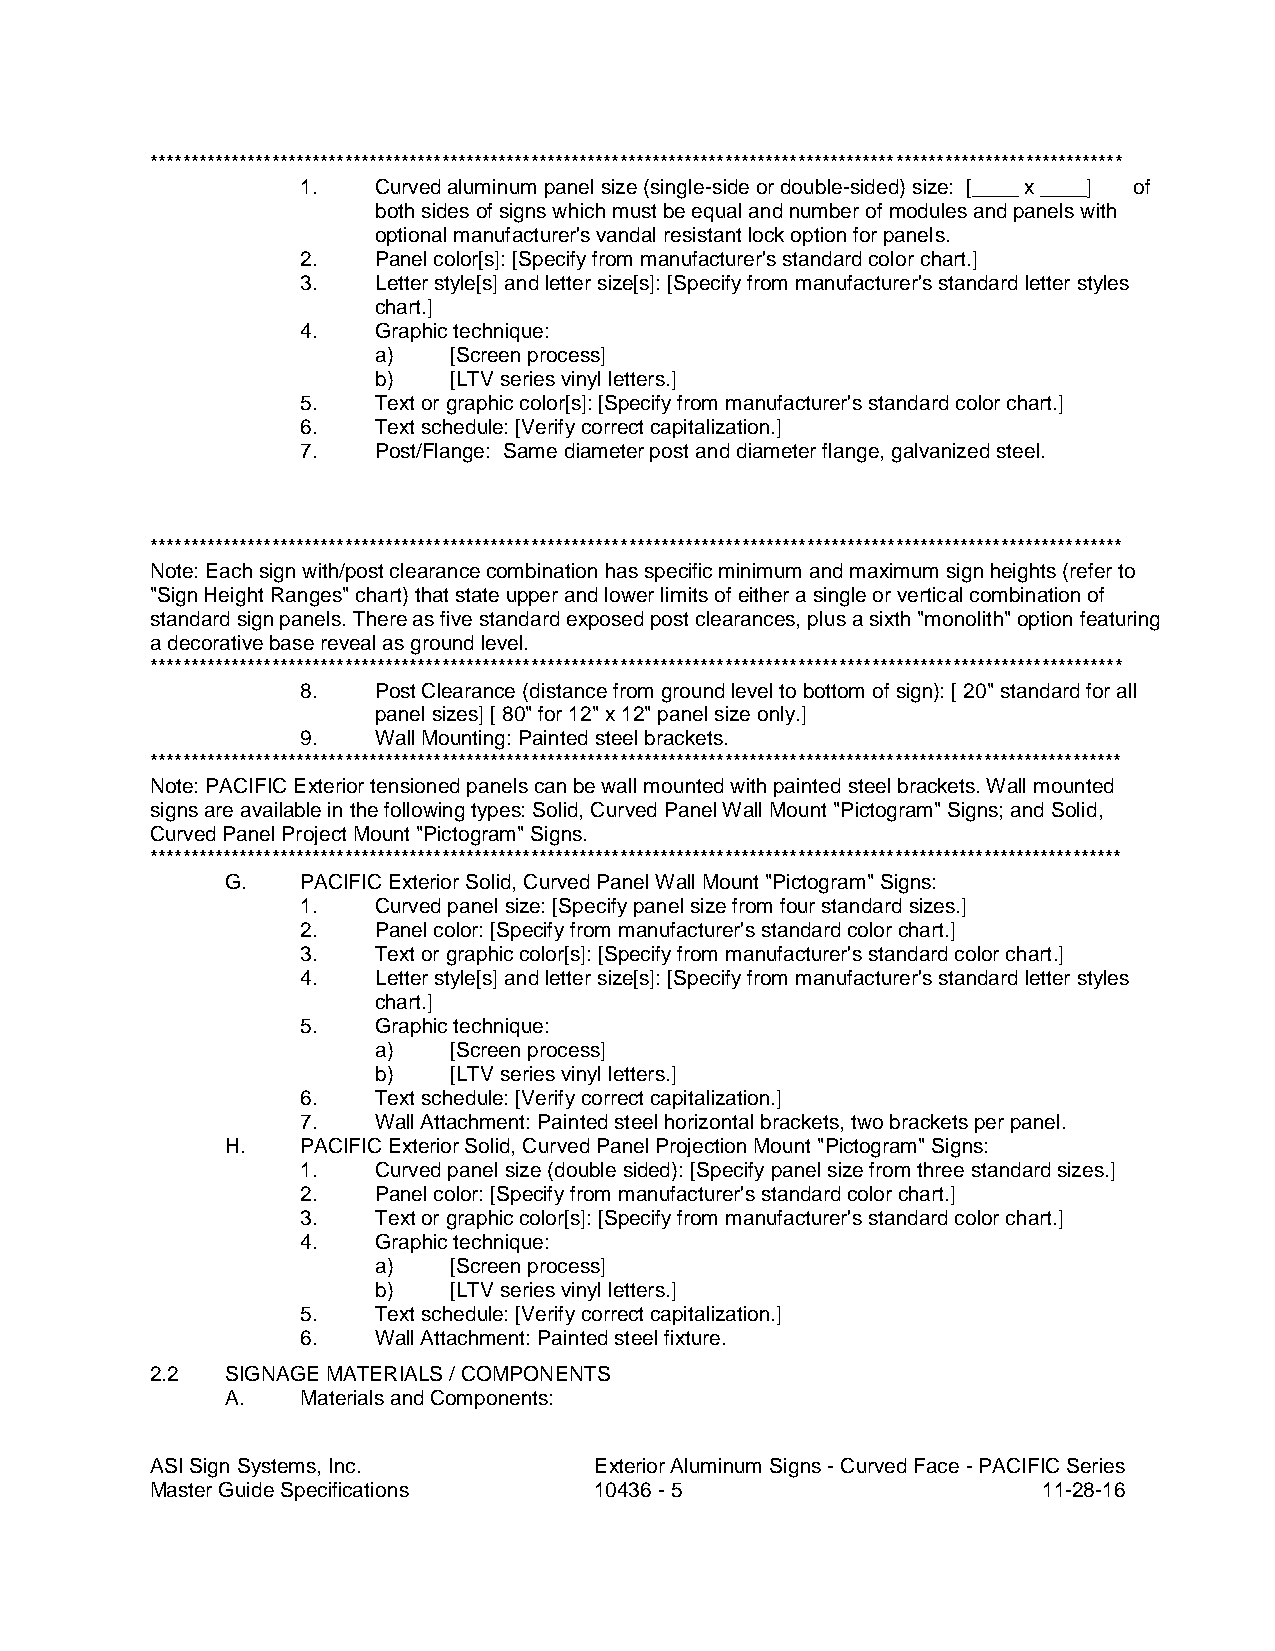
************************************************************************************************************************
 1.   Curved aluminum panel size (single-side or double-sided) size: [____ x ____] of
 both sides of signs which must be equal and number of modules and panels with
 optional manufacturer's vandal resistant lock option for panels.
 2.   Panel color[s]: [Specify from manufacturer's standard color chart.]
 3.   Letter style[s] and letter size[s]: [Specify from manufacturer's standard letter styles
 chart.]
 4.   Graphic technique:
 a)   [Screen process]
 b)   [LTV series vinyl letters.]
 5.   Text or graphic color[s]: [Specify from manufacturer's standard color chart.]
 6.   Text schedule: [Verify correct capitalization.]
 7.   Post/Flange: Same diameter post and diameter flange, galvanized steel.
 ************************************************************************************************************************
 Note: Each sign with/post clearance combination has specific minimum and maximum sign heights (refer to
 "Sign Height Ranges" chart) that state upper and lower limits of either a single or vertical combination of
 standard sign panels. There as five standard exposed post clearances, plus a sixth "monolith" option featuring
 a decorative base reveal as ground level.
 ************************************************************************************************************************
 8.   Post Clearance (distance from ground level to bottom of sign): [ 20" standard for all
 panel sizes] [ 80" for 12" x 12" panel size only.]
 9.   Wall Mounting: Painted steel brackets.
 ************************************************************************************************************************
 Note: PACIFIC Exterior tensioned panels can be wall mounted with painted steel brackets. Wall mounted
 signs are available in the following types: Solid, Curved Panel Wall Mount "Pictogram" Signs; and Solid,
 Curved Panel Project Mount "Pictogram" Signs.
 ************************************************************************************************************************
 G.   PACIFIC Exterior Solid, Curved Panel Wall Mount "Pictogram" Signs:
 1.   Curved panel size: [Specify panel size from four standard sizes.]
 2.   Panel color: [Specify from manufacturer's standard color chart.]
 3.   Text or graphic color[s]: [Specify from manufacturer's standard color chart.]
 4.   Letter style[s] and letter size[s]: [Specify from manufacturer's standard letter styles
 chart.]
 5.   Graphic technique:
 a)   [Screen process]
 b)   [LTV series vinyl letters.]
 6.   Text schedule: [Verify correct capitalization.]
 7.   Wall Attachment: Painted steel horizontal brackets, two brackets per panel.
 H.   PACIFIC Exterior Solid, Curved Panel Projection Mount "Pictogram" Signs:
 1.   Curved panel size (double sided): [Specify panel size from three standard sizes.]
 2.   Panel color: [Specify from manufacturer's standard color chart.]
 3.   Text or graphic color[s]: [Specify from manufacturer's standard color chart.]
 4.   Graphic technique:
 a)   [Screen process]
 b)   [LTV series vinyl letters.]
 5.   Text schedule: [Verify correct capitalization.]
 6.   Wall Attachment: Painted steel fixture.
 2.2  SIGNAGE MATERIALS / COMPONENTS
 A.   Materials and Components:
 ASI Sign Systems, Inc.       Exterior Aluminum Signs - Curved Face - PACIFIC Series
 Master Guide Specifications  10436 - 5                     11-28-16